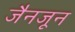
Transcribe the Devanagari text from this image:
जैनजून